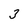
Character: 3